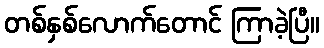
တစ်နှစ်လောက်တောင် ကြာခဲ့ပြီ။